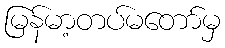
မြန်မာ့တပ်မတော်မှ